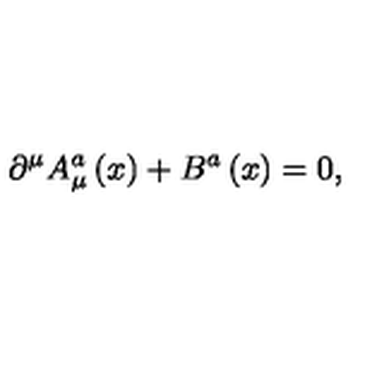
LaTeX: \partial ^ { \mu } A _ { \mu } ^ { a } \left( x \right) + B ^ { a } \left( x \right) = 0 ,